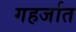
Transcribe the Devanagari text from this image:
गहर्जात